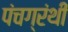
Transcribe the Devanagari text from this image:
पंचग्रंथी